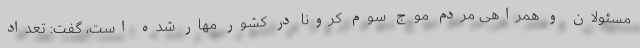
مسئولان و همراهی مردم موج سوم کرونا در کشور مهار شده است، گفت: تعداد